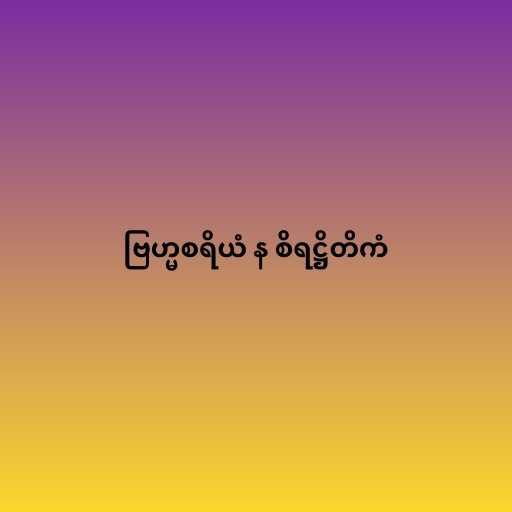
ဗြဟ္မစရိယံ န စိရဋ္ဌိတိကံ